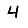
Digit: 4